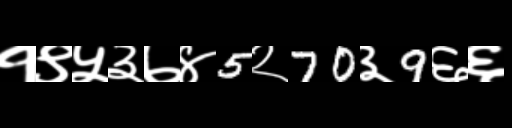
Text: १९५३७४5२70३9६६